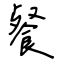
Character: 餐